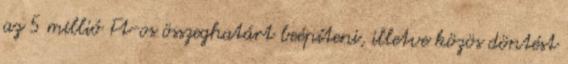
az 5 millió Ft-os összeghatárt beépíteni, illetve közös döntést